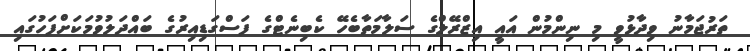
ތަރުޖަމާނު ވިދާޅުވީ މި ނިންމުން އައީ އިޒްރޭލްގެ ސަލާމަތާބެހޭ ކެބިނެޓްގެ ފަސްގަޑިއިރުގެ ބައްދަލުވުމަކަށްފަހުގައި